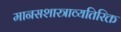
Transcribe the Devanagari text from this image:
मानसशास्त्राव्यतिरिक्त